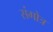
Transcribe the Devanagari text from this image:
संगोत्र